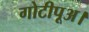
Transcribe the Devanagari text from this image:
गोटीपूअ।